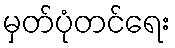
မှတ်ပုံတင်ရေး